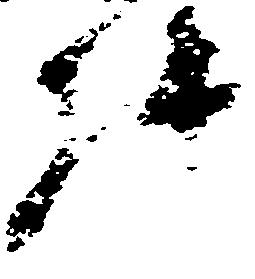
件